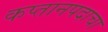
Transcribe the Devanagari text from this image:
कप्तानपदाचा